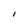
Character: I